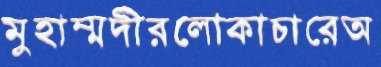
মুহাম্মদীরলোকাচারেঅ